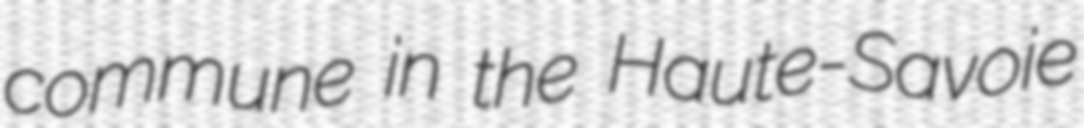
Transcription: commune in the Haute-Savoie